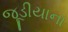
જૂડીયાના